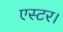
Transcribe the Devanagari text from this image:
एस्टर।